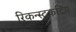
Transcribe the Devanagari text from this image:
रिकन्स्ट्रकटिंग